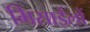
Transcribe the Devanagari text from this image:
मिसाईलों